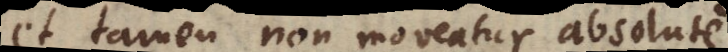
et tamen non moveatur absolute